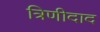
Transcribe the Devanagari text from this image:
त्रिणीदाद